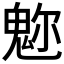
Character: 𩲪